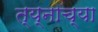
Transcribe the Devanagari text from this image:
त्य्नाच्या